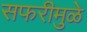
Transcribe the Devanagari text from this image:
सफरीमुळे